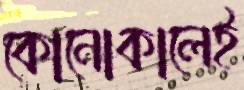
কোনোকালেই